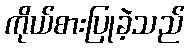
ကိုယ်စားပြုခဲ့သည်